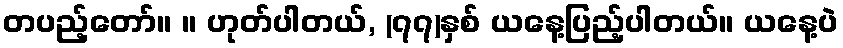
တပည့်တော်။ ။ ဟုတ်ပါတယ်, (၇၇)နှစ် ယနေ့ပြည့်ပါတယ်။ ယနေ့ပဲ